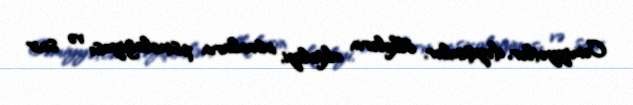
Cəmiyyətlər, dəyişimlər, ölkələrin aktivliyi, insanların psixologiyası və sair